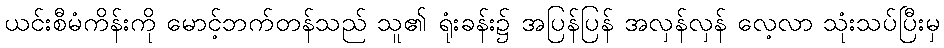
ယင်းစီမံကိန်းကို မောင့်ဘက်တန်သည် သူ၏ ရုံးခန်း၌ အပြန်ပြန် အလှန်လှန် လေ့လာ သုံးသပ်ပြီးမှ